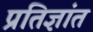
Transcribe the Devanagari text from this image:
प्रतिज्ञांत